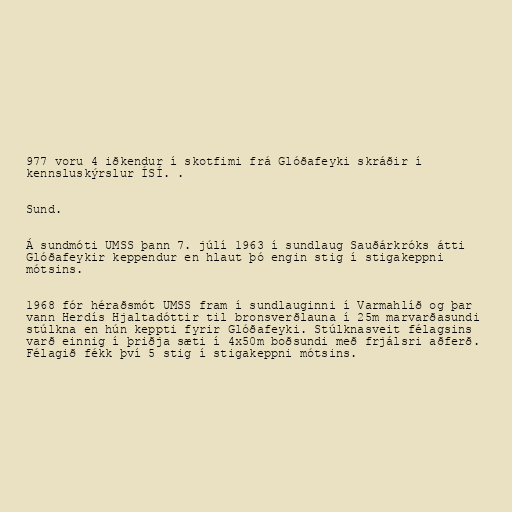
977 voru 4 iðkendur í skotfimi frá Glóðafeyki skráðir í
kennsluskýrslur ÍSÍ. .

Sund.

Á sundmóti UMSS þann 7. júlí 1963 í sundlaug Sauðárkróks átti
Glóðafeykir keppendur en hlaut þó engin stig í stigakeppni
mótsins.

1968 fór héraðsmót UMSS fram í sundlauginni í Varmahlíð og þar
vann Herdís Hjaltadóttir til bronsverðlauna í 25m marvarðasundi
stúlkna en hún keppti fyrir Glóðafeyki. Stúlknasveit félagsins
varð einnig í þriðja sæti í 4x50m boðsundi með frjálsri aðferð.
Félagið fékk því 5 stig í stigakeppni mótsins.